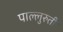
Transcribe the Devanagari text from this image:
पाल्लुरुती